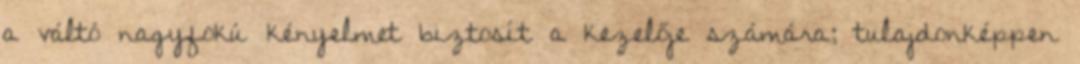
a váltó nagyfokú kényelmet biztosít a kezelője számára; tulajdonképpen